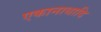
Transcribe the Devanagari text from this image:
एकानाथादि